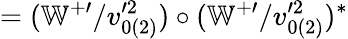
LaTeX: =(\mathbb{W}^{+\prime}/v_{0(2)}^{\prime 2})\circ(\mathbb{W}^{+\prime}/v_{0(2)}^{\prime 2})^{\ast}